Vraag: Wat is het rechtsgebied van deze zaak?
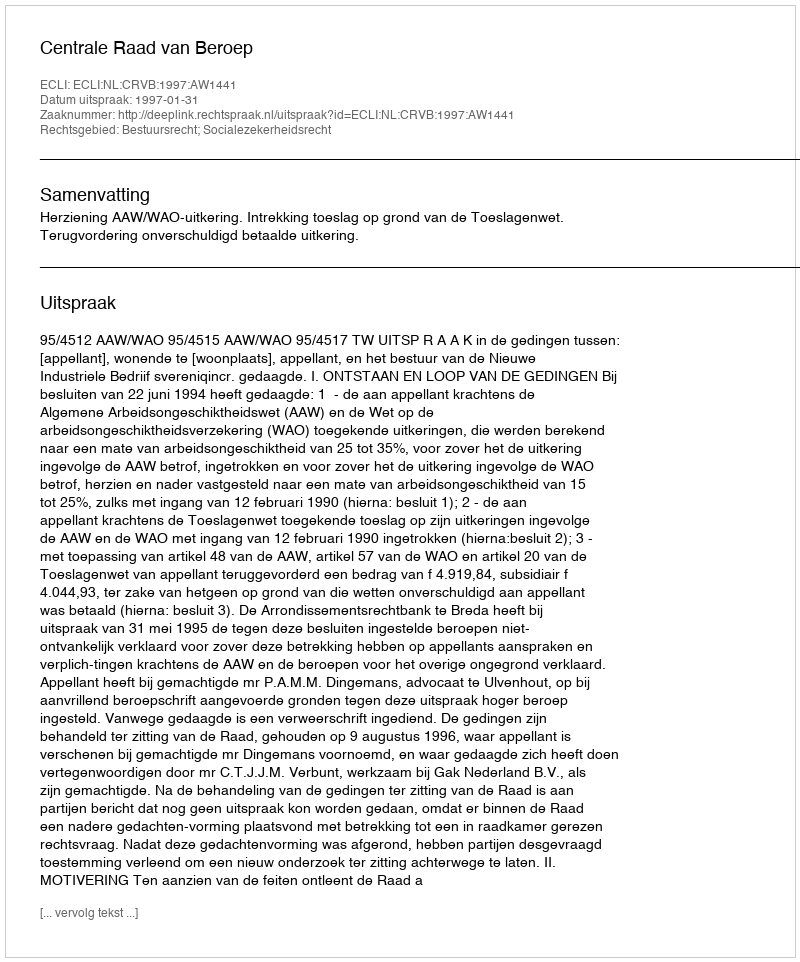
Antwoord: Bestuursrecht; Socialezekerheidsrecht